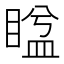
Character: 𥈕